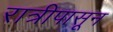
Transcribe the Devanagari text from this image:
रात्रीपासून